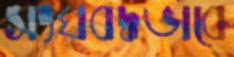
সংঘবদ্ধভাবে